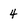
Character: 4